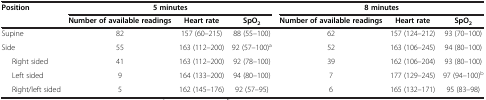
<table><thead><tr><td><b>Position</b></td><td colspan="3"><b>5 minutes</b></td><td colspan="3"><b>8 minutes</b></td></tr><tr><td><b> </b></td><td><b>Number of available readings</b></td><td><b>Heart rate</b></td><td><b>SpO<sub>2</sub></b></td><td><b>Number of available readings</b></td><td><b>Heart rate</b></td><td><b>SpO<sub>2</sub></b></td></tr></thead><tbody><tr><td>Supine</td><td>82</td><td>157 (60–215)</td><td>88 (55–100)</td><td>62</td><td>157 (124–212)</td><td>93 (70–100)</td></tr><tr><td>Side</td><td>55</td><td>163 (112–200)</td><td>92 (57–100)<sup>a</sup></td><td>52</td><td>163 (106–245)</td><td>94 (80–100)</td></tr><tr><td>Right sided</td><td>41</td><td>163 (112–200)</td><td>92 (78–100)</td><td>39</td><td>162 (106–204)</td><td>93 (80–100)</td></tr><tr><td>Left sided</td><td>9</td><td>164 (133–200)</td><td>94 (80–100)</td><td>7</td><td>177 (129–245)</td><td>97 (94–100)<sup>b</sup></td></tr><tr><td>Right/left sided</td><td>5</td><td>162 (145–176)</td><td>92 (57–95)</td><td>6</td><td>165 (132–171)</td><td>95 (83–98)</td></tr></tbody></table>